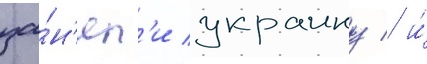
за́н'ял'и украину / и́